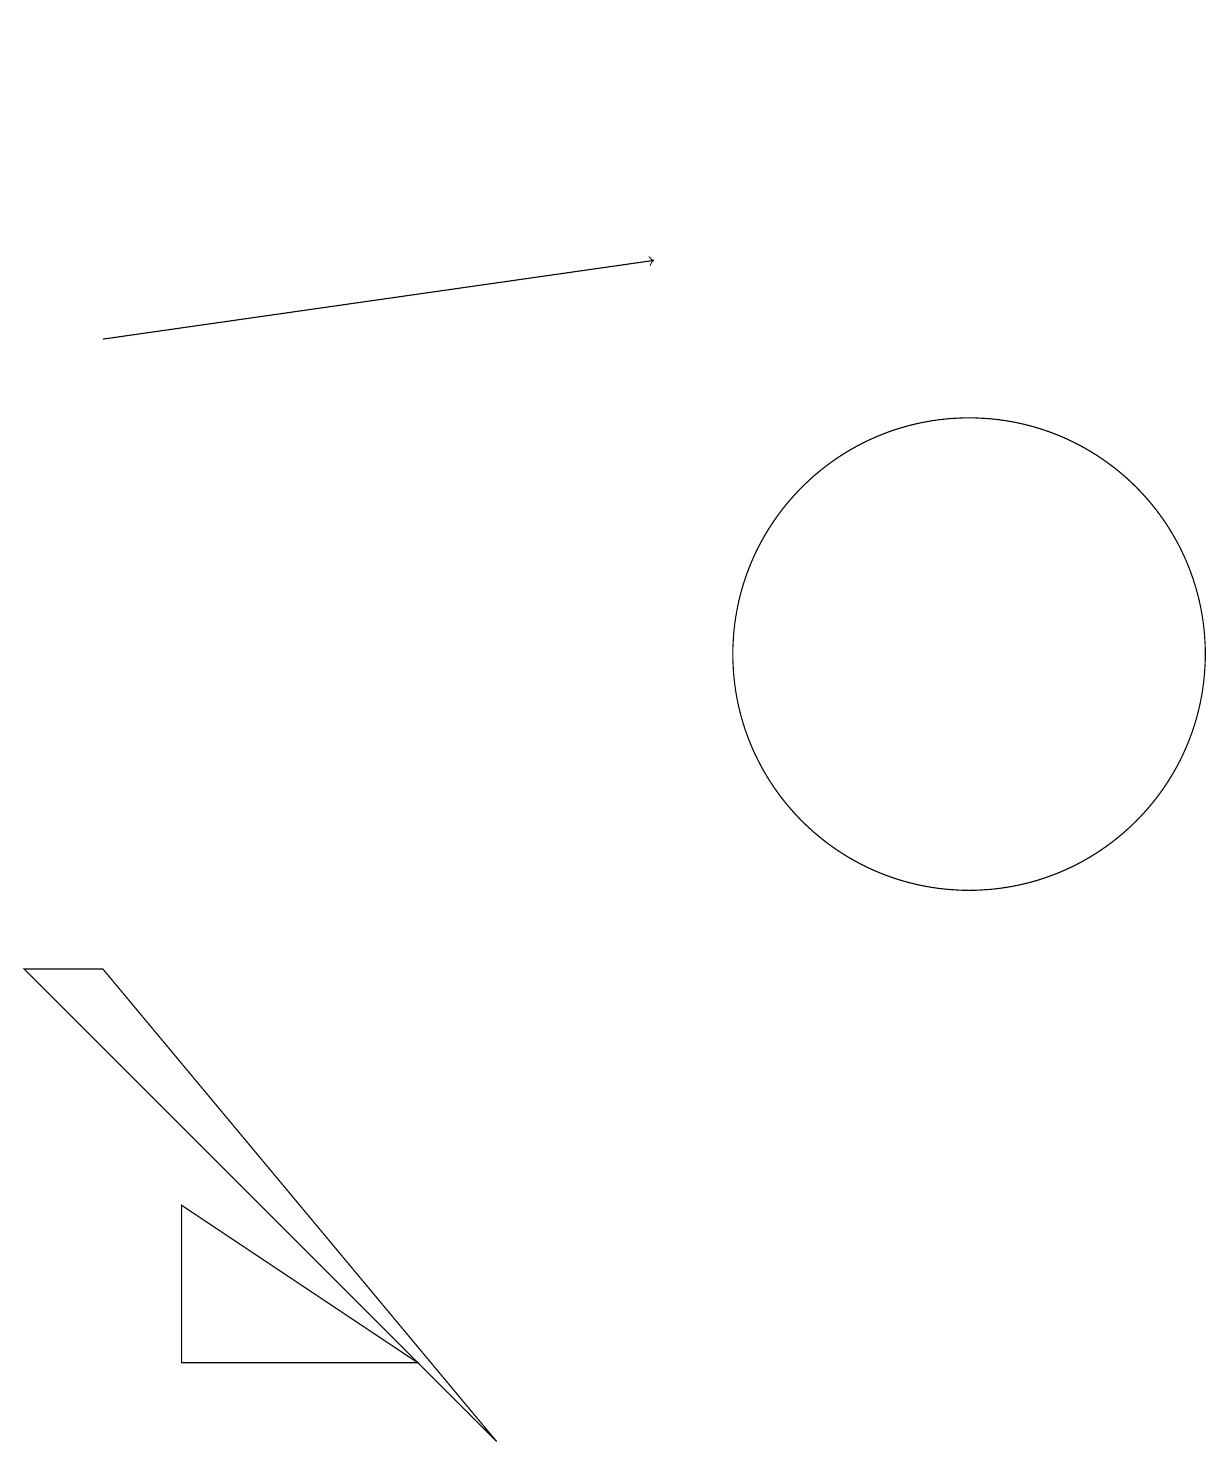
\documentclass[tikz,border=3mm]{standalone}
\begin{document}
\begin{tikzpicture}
\draw (1,6) -- (0,6) -- (6,0) -- cycle;
\draw[->] (1,14) -- (8,15);
\draw (12,10) circle (3);
\draw (5,18) rectangle (5,18);
\draw (2,1) -- (5,1) -- (2,3) -- cycle;
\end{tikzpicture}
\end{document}